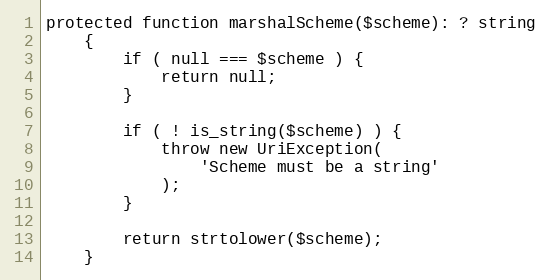
Language: PHP
protected function marshalScheme($scheme): ? string
    {
        if ( null === $scheme ) {
            return null;
        }

        if ( ! is_string($scheme) ) {
            throw new UriException(
                'Scheme must be a string'
            );
        }

        return strtolower($scheme);
    }